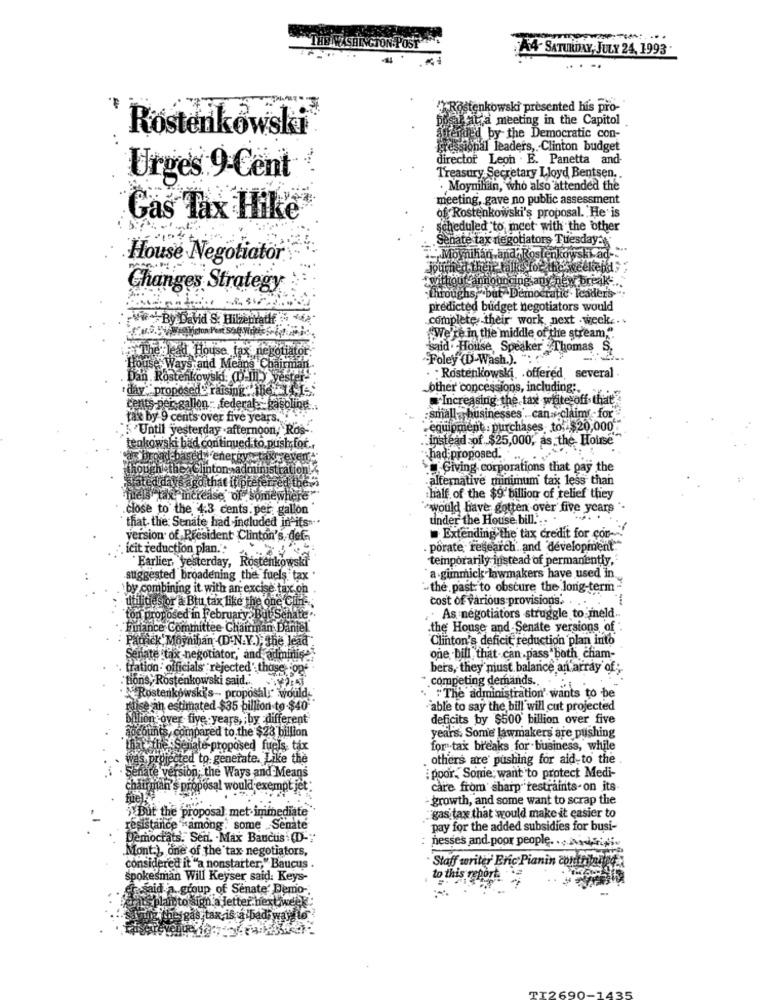
THE WASHINGTON POST
A4- SATURDAY, JULY 24, 1993
.. .
fenkowski presented his pro-
Bat,a meeting in the Capitol
* Rostenkowski
ided by the Democratic con-
fressional leaders ,. Clinton budget
director Leon . E. Panetta and
Urges 9-Cent
Treasury Secretary Lloyd Bentsen ..
· Moynihan, who also attended the
meeting, gave no public assessment
of. Rostenkowski's proposal. He is
Cas Tax Hike
scheduled to meet with the other
Senate tax negotiators Tuesday:
House Negotiator
F ., Moynihan andaRostenkowski ad-""
jourhed their Talks for the weekends
"without announcing any new break-
Changes Strategy
throughs,"but Democratic . Icader's-
predicted budget negotiators would
Vie By David S. Hilsenrathf
complete their work next week ...
"We're in the middle of the stream,".
"said . House Speaker Thomas S.
lead House, fax, negotiate
"Foley (D-Wash.). ".
ouse Ways and Means Chairman
Dan Rostenkowski: (.Ill ) vest
· Rostenkowski .offered, several
" day"proposed" raising the 4-
other concessions, including :.
Increasing the tax white off that
cents-per gallon - federal- gasoline ...
tak by 9 cents over five years.
:small businesses . can claim -for
5 'Until yesterday .afternoon, "Ros".
. equipment : purchases to. $20,000
:instead of $25,000, as the House
tenkowski bad continued to push;for ..
a broad basedyenergy taxrgeven
had proposed."
though the Clinton admi
Giving corporations that pay the
alternative minimum fax less than
agdithat itiprefere
"increase of Somewhere"
half of the $9'billion of relief they
.close to the 4.3 cents. per gallon'
`would have gotten over five years "-
that. the Senate had included in its ...
under the House bill ... . ....
Extending the tax credit for con-
version of President Clinton's, det-
. icit reduction plan.":
. porate research and development"
Earlier, yesterday, Rostenkowski
temporarily instead of permanently."
suggested broadening the fuels tax .
`a gimmick lawmakers have used in.
by combining it with an excise tax on
the past to obscure the long-term
dulities or a Btu tax like the one Chin -;
cost of various provisions.
-
ton proposed in February > But Senate"
. As negotiators struggle to meld.
Finance Committee Chairman Dantel
.the House and Senate versions of ".
"Clinton's deficit reduction plan into
Patrick Moynihan (D.N.Y.), the lead
Senate tax -negotiator, and adminis?
one bill that can .pass both cham-
tration- officials rejected' those fop
bers, they must balance an array of ;
tions, Rostenkowski said ...
competing demands ..
NRostenkowski's- proposals would-
. " The administration' wants to be
Mise an estimated $35 billion to-$40
"able to say the bill will cut projected
Ilion over five years, ; by different
deficits by $500 billion over five
nes, compared to the $28 billion
years. Some lawmakers are pushing
that the Seia
esSenate proposed fuels tax
for tax breaks for business, while
wes projected to generate. Like the
others are pushing for aid-to the
Senate version; the Ways and Means
:poor," Sonie; want to protect Medi-
chairman's proposal would exempt jet
care from sharp restraints. on its
growth, and some want to scrap the
But the proposal met immediate
:gas tax that would make it easier to
resistance "among: some .Senate
pay for the added subsidies for busi-
Democrats. Seni. . Max Bauctis (D-"
nesses and poor people ..........
Mont), one of the tax negotiators,
Staff writer Eric Pianin contributed
considered it "a nonstarter," Baucus .
Spokesman Will Keyser said: Keys-
to this report
sid a group of Senate' Demo-
erats plan to sign a letter nextweek
una theygas,tak ista badi wayllo.
35
I2690-